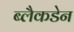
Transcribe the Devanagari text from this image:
ब्लैकडेन